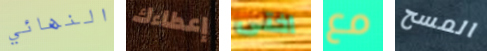
النهائي إعطاءك اختى مع المسح